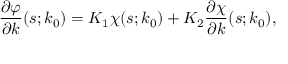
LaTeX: \frac { \partial \varphi } { \partial k } ( s ; k _ { 0 } ) = K _ { 1 } \chi ( s ; k _ { 0 } ) + K _ { 2 } \frac { \partial \chi } { \partial k } ( s ; k _ { 0 } ) ,